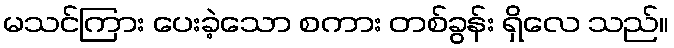
မသင်ကြား ပေးခဲ့သော စကား တစ်ခွန်း ရှိလေ သည်။